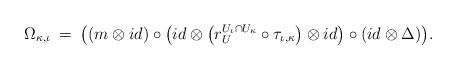
\begin{align*} \Omega_{\kappa, \iota} \: = \: \big( ( m \otimes id ) \circ \big( id \otimes \big( r^{U_{\iota} \cap U_{\kappa} }_{U} \circ \tau_{\iota, \kappa} \big) \otimes id \big) \circ (id \otimes \Delta) \big) .\end{align*}